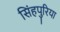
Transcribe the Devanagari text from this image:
सिंहपुरिया